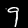
Digit: 9